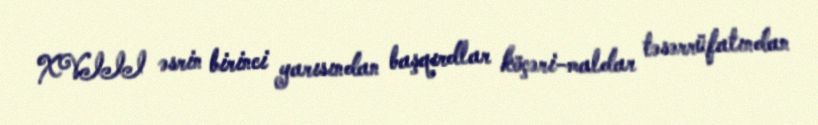
XVIII əsrin birinci yarısından başqırdlar köçəri-maldar təsərrüfatından